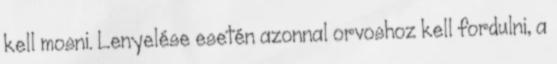
kell mosni. Lenyelése esetén azonnal orvoshoz kell fordulni, a